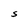
Character: S